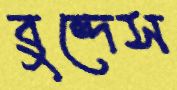
বুন্দেস